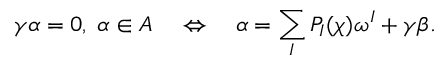
\gamma \alpha = 0 , \; \alpha \in \cal { A } \quad \Leftrightarrow \quad \alpha = \sum _ { I } P _ { I } ( \chi ) \omega ^ { I } + \gamma \beta .